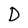
Character: D